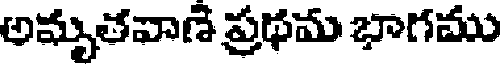
అమృతవాణి ప్రథమ భాగము